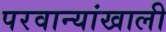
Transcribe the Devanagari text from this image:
परवान्यांखाली